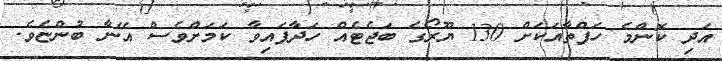
އަދި ކޮންމެ ހަފްތާއަކަށް 130 ޔޫރޯގެ ބަޖެޓެއް ހަދާފައިވާ ކަމަށްވެސް އޭނާ ބުންޏެވެ.